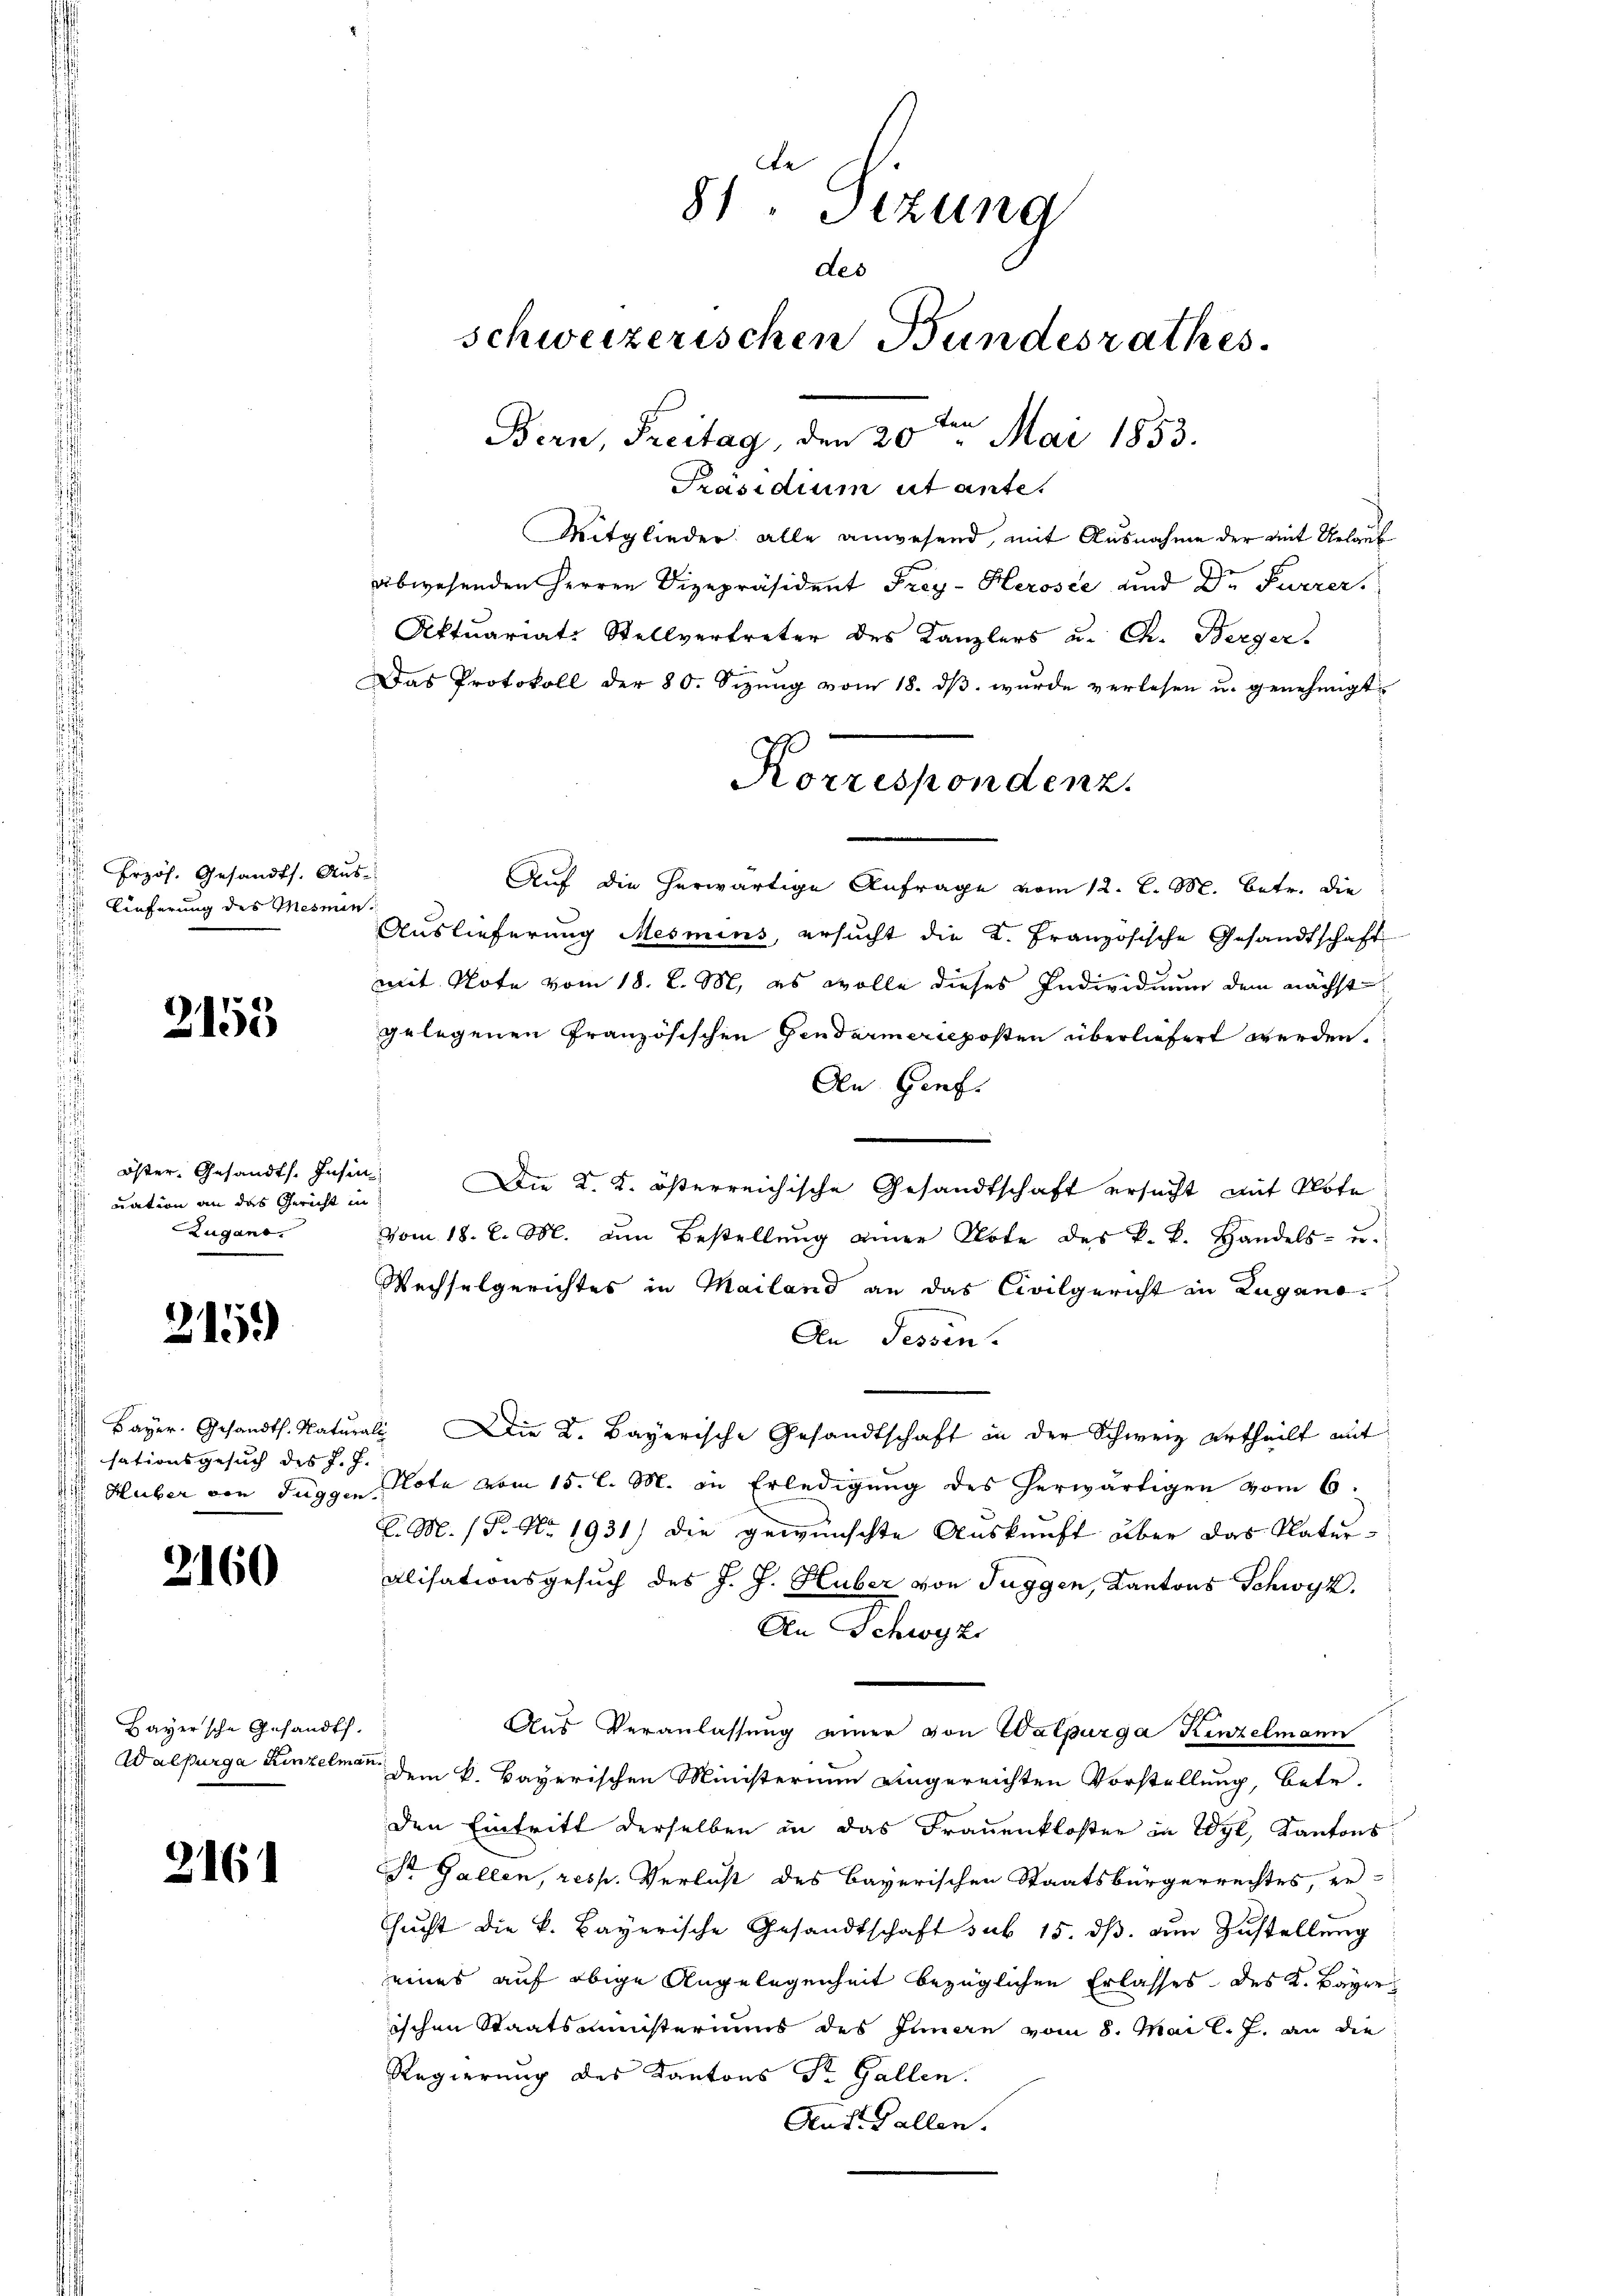
Erzös. Gesandts. Aus
Lieferung des Mesnen

2153

öster Gesandts. Insin
uation an das Gericht in
Zugano.

215)

Bayer. Gesandth. Natur
sationsgesuch des J. J.

2160

Bayersche Gesandt.
Walpurga Kinzelman

216

Präsidium ut ante.
Mitglieder alle anwesend, mit Ausnahme der mit Urlaub
abwesenden Herren Vizepräsident Frey-Herose und Dr. Furrer.
Aktuariats Stellvertreter des Kanzlers u. Ch. Berger
Das Protokoll der 80. Sezŭng vom 18. dβ. wurde verlesen u. genehmigt
u
Auf die herwärtige Anfrage vom 12. l. M. betr. die
S
Auslieferung Mesmins, ersucht die K. Französische Gesandtschaft
mit Note vom 18. d. M, es wolle dieses Individuum dem nächst
gelegenen Französischen Gendarmerieposten überliefert werden.
An Genf.
Die K. K. österreichische Gesandtschaft ersucht mit Note
vom 18. d. M. an Bestellŭng einer Note des k. k. Handels- u.
Wechselgerichtes in Mailand an das Civilgericht in Zugano
An Tessin.
als Die K. Bayerische Gesandtschaft in der Schweiz ertheilt mit
 Huber von Tuggen, Note vom 15. l. M. in Erledigung des herwärtigen vom 6.
E.M. / P. Nr. 1931) Die gewünschte Auskunft über das Platuralisationsgesuch des J. J. Huber von Tuggen, Kantons Schwyz,
An Schwyz
Aus Veranlassŭng einer von Walpürga Kinzelmann
dem k. Bayerischen Ministerium angereichten Vorstellung, betr.
den Eintritt derselben in das Frauenkloster in Wyl, Kantons
st Gallen, resp. Verlust des Bayerischen Staatsbürgerrechtes, er-
Cacht die k. Bayerische Gesandtschaft sub 15. dβ aŭm Zŭstellŭng
eines auf obige Angelegenheit bezüglichen Erlasses des K. Bayer
ischen Staatsministeriums des Innern vom 8. Mai l. J. an die
Regierung des Kantons St. Gallen.
Ant. Gallen.

81. Sizung
des
schweizerischen Bundesrathes.
Bern, Freitag, den 20ten Mai 1853.

Korrespondenz.